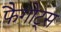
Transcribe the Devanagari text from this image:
फैगोट्स